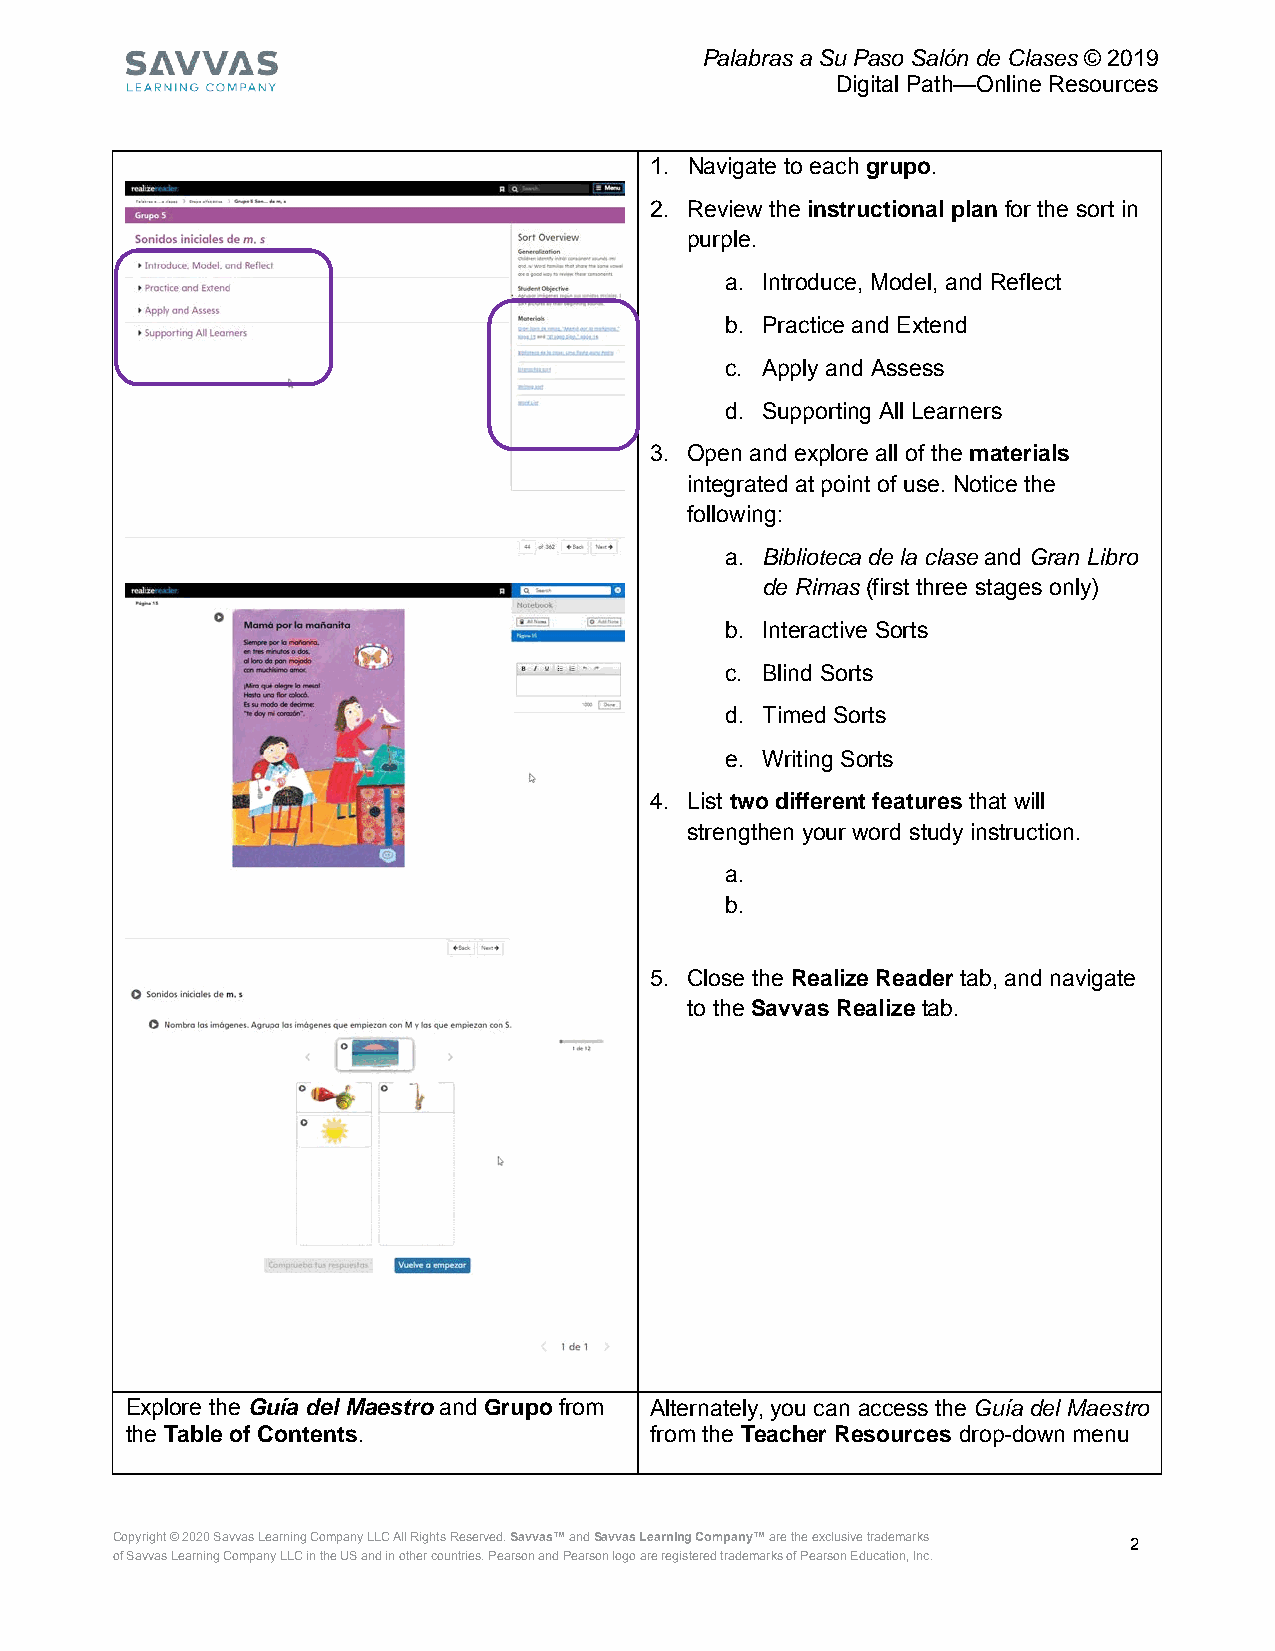
Palabras a Su Paso Salón de Clases © 2019
 Digital Path—Online Resources
 1. Navigate to each grupo.
 2. Review the instructional plan for the sort in
 purple.
 a. Introduce, Model, and Reflect
 b. Practice and Extend
 c. Apply and Assess
 d. Supporting All Learners
 3. Open and explore all of the materials
 integrated at point of use. Notice the
 following:
 a. Biblioteca de la clase and Gran Libro
 de Rimas (first three stages only)
 b. Interactive Sorts
 c. Blind Sorts
 d. Timed Sorts
 e. Writing Sorts
 4. List two different features that will
 strengthen your word study instruction.
 a.
 b.
 5. Close the Realize Reader tab, and navigate
 to the Savvas Realize tab.
 Explore the Guía del Maestro and Grupo from Alternately, you can access the Guía del Maestro
 the Table of Contents.             from the Teacher Resources drop-down menu
 Copyright © 2020 Savvas Learning Company LLC All Rights Reserved. Savvas™ and Savvas Learning Company™ are the exclusive trademarks 2
 of Savvas Learning Company LLC in the US and in other countries. Pearson and Pearson logo are registered trademarks of Pearson Education, Inc.